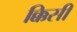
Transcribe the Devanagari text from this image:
क्किसी